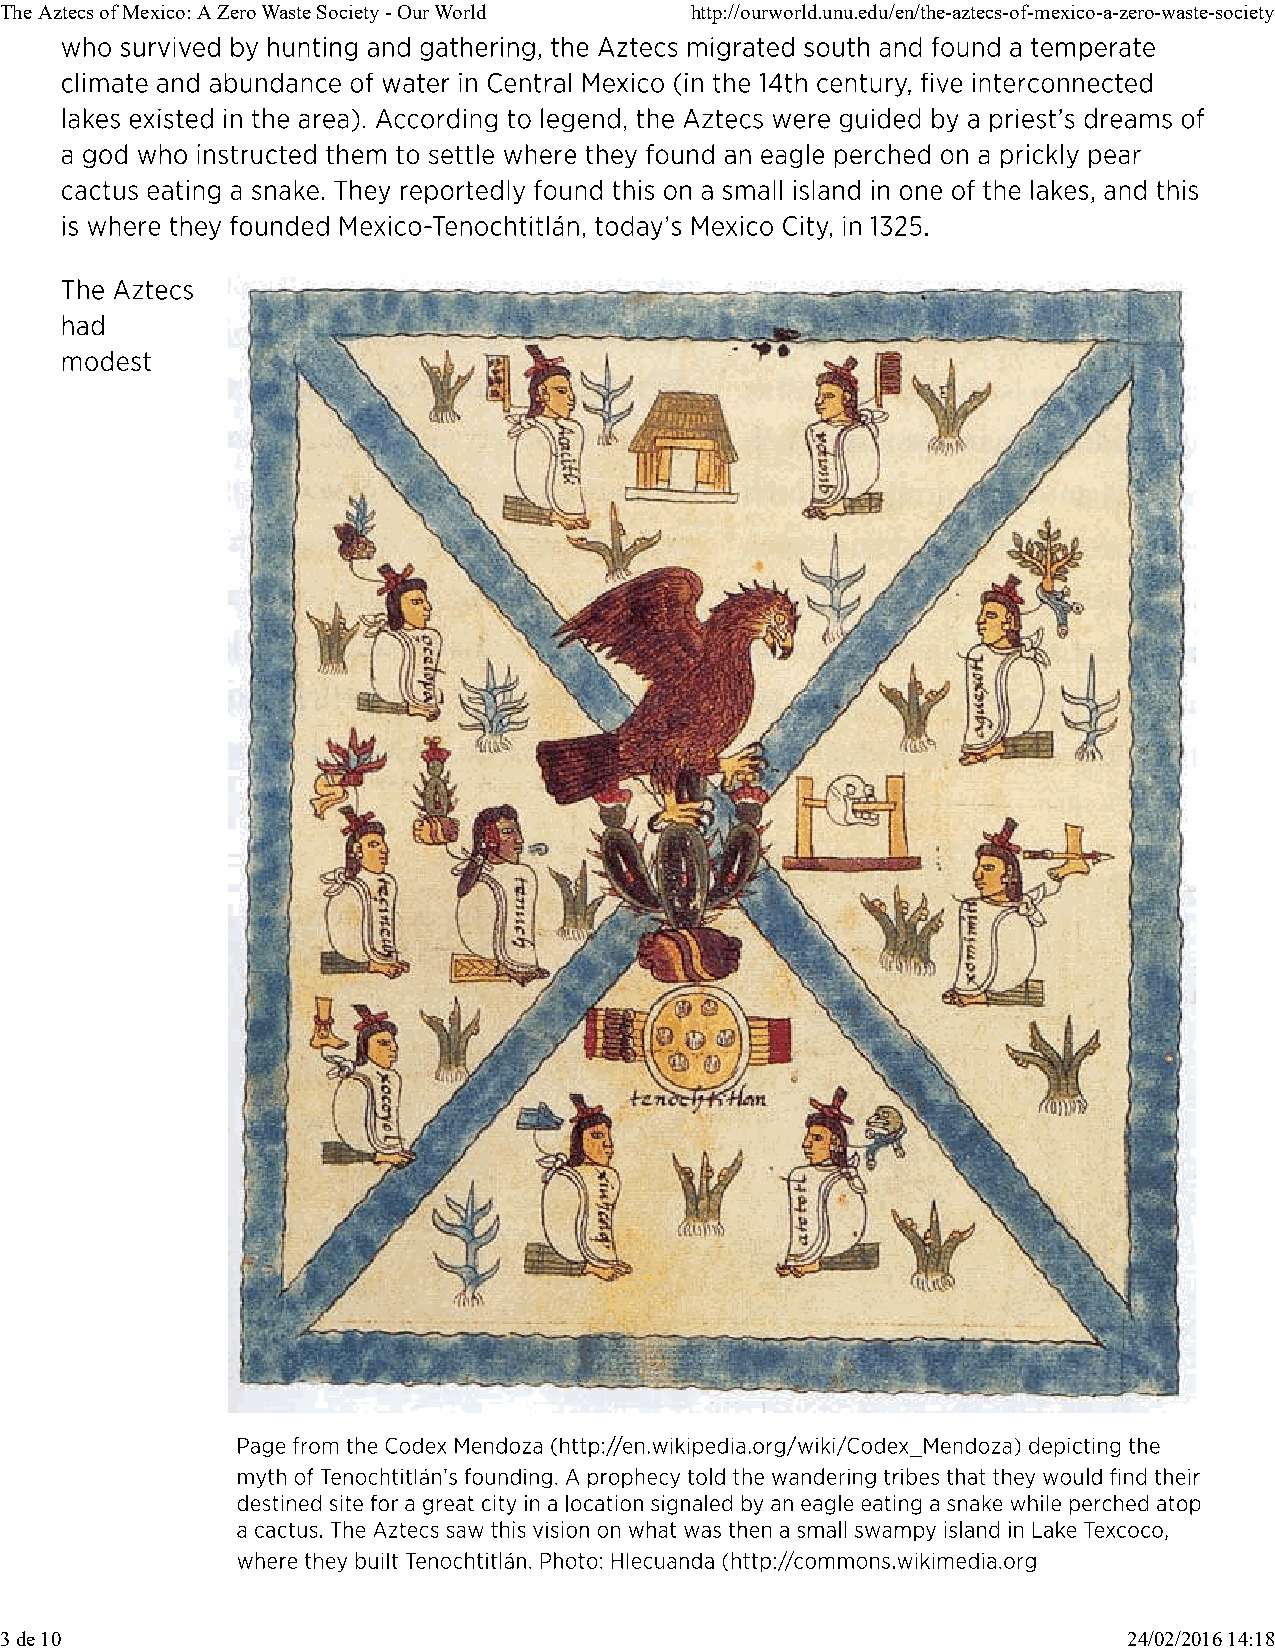
The Aztecs of Mexico: A Zero Waste Society - Our World http://ourworld.unu.edu/en/the-aztecs-of-mexico-a-zero-waste-society
 3 de 10                                                                    24/02/2016 14:18